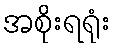
အစိုးရရုံး